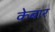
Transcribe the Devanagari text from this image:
केबार